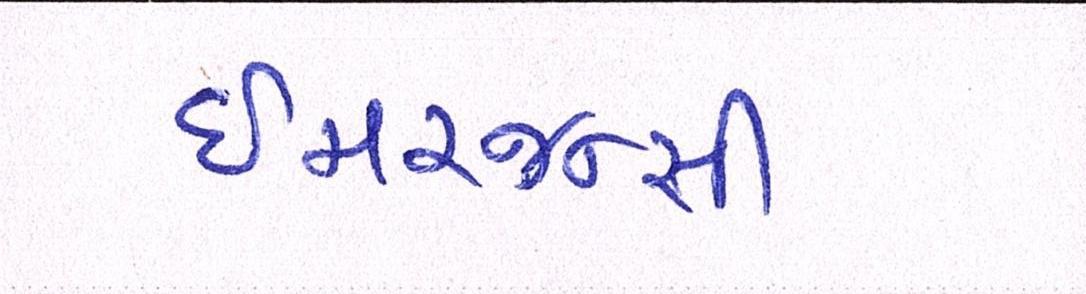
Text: ઇમરજન્સી